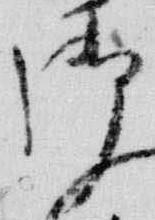
御